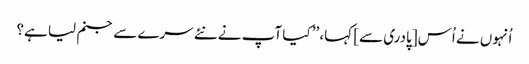
اُنہوں نے اُس [پادری سے] کہا، ’’ کیا آپ نے نئے سرے سے جنم لیا ہے؟